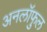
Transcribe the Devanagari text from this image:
अनलॉफुल